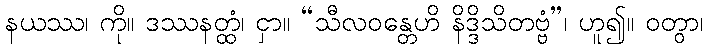
နယဿ၊ ကို။ ဒဿနတ္ထံ၊ ငှာ။ “သီလဝန္တေဟိ နိဒ္ဒိသိတဗ္ဗံ”၊ ဟူ၍။ ဝတွာ၊